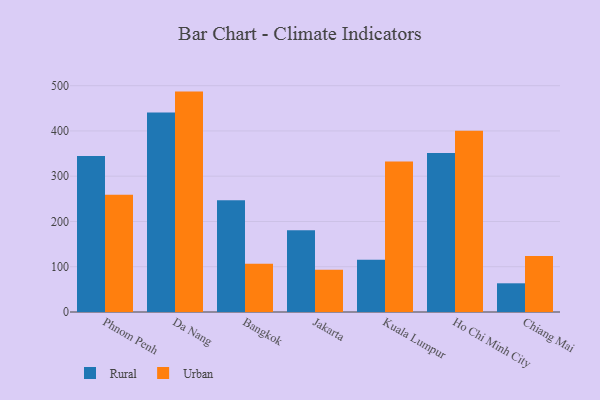
{"axis": {"x": "City", "y": "Latency (ms)"}, "legend": ["Rural", "Urban"], "data": [{"x": "Phnom Penh", "y": 344.5, "type": "Rural"}, {"x": "Phnom Penh", "y": 259.1, "type": "Urban"}, {"x": "Da Nang", "y": 440.6, "type": "Rural"}, {"x": "Da Nang", "y": 486.9, "type": "Urban"}, {"x": "Bangkok", "y": 247.1, "type": "Rural"}, {"x": "Bangkok", "y": 106.6, "type": "Urban"}, {"x": "Jakarta", "y": 180.4, "type": "Rural"}, {"x": "Jakarta", "y": 93.3, "type": "Urban"}, {"x": "Kuala Lumpur", "y": 115.2, "type": "Rural"}, {"x": "Kuala Lumpur", "y": 332.5, "type": "Urban"}, {"x": "Ho Chi Minh City", "y": 351.4, "type": "Rural"}, {"x": "Ho Chi Minh City", "y": 400.4, "type": "Urban"}, {"x": "Chiang Mai", "y": 63.4, "type": "Rural"}, {"x": "Chiang Mai", "y": 123.9, "type": "Urban"}]}